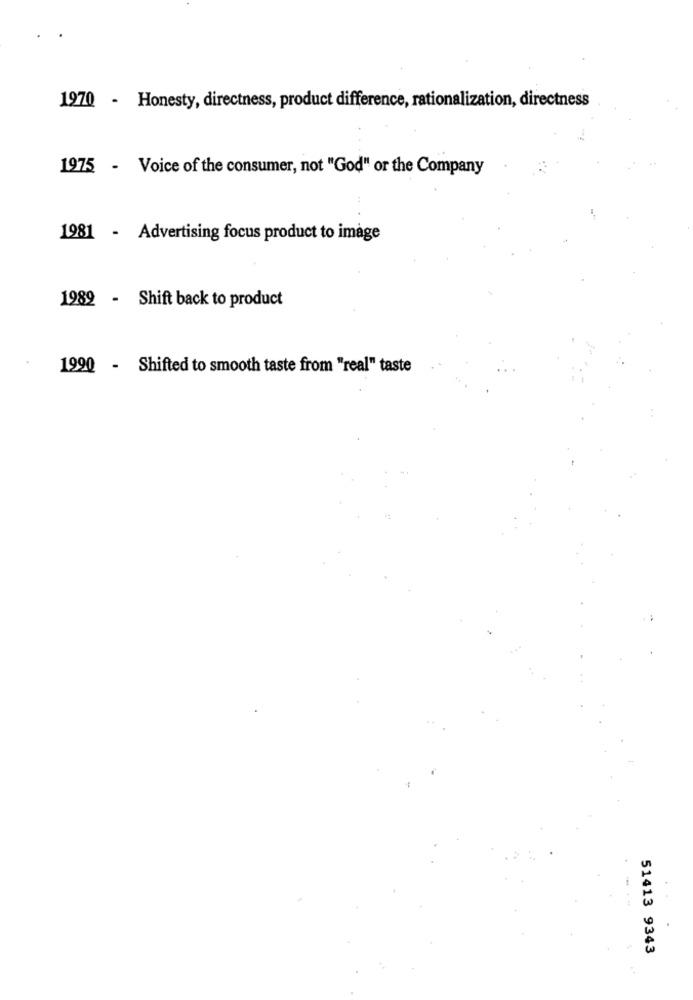
1970 - Honesty, directness, product difference, rationalization, directness
1975 - Voice of the consumer, not "God" or the Company
1981 - Advertising focus product to image
1982 - Shift back to product
1990 - Shifted to smooth taste from "real" taste
51413 9343